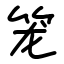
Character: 笼